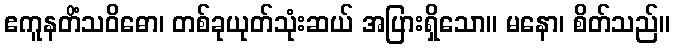
ဧကူနတိံသဝိဓော၊ တစ်ခုယုတ်သုံးဆယ် အပြားရှိသော။ မနော၊ စိတ်သည်။